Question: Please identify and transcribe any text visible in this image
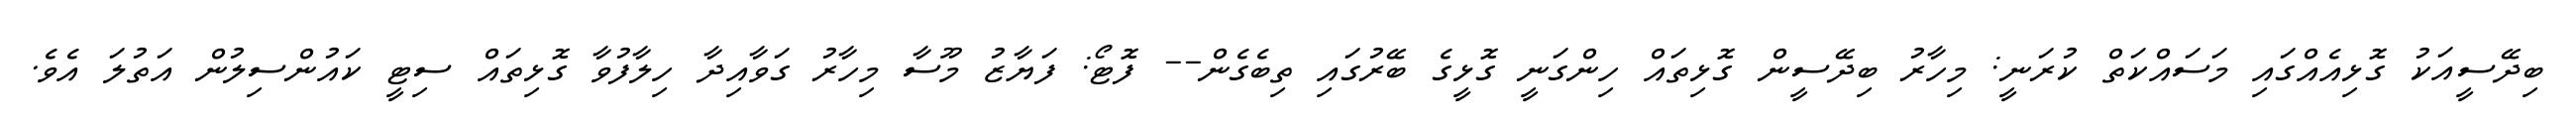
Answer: ބިދޭސީއަކު ގޮޅިއެއްގައި މަސައްކަތް ކުރަނީ: މިހާރު ބިދޭސީން ގޮޅިތައް ހިންގަނީ ގޮޅީގެ ބޭރުގައި ތިބެގެން-- ފޮޓޯ: ފަޔާޒު މޫސާ މިހާރު ގަވާއިދާ ހިލާފުވާ ގޮޅިތައް ސިޓީ ކައުންސިލުން އަތުލަ އެވެ.